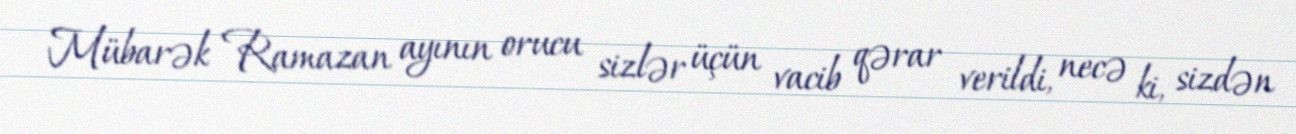
Mübarək Ramazan ayının orucu sizlər üçün vacib qərar verildi, necə ki, sizdən